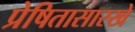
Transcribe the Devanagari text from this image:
प्रेषितासारखे